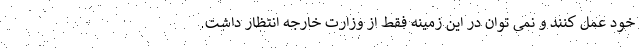
خود عمل کنند و نمی توان در این زمینه فقط از وزارت خارجه انتظار داشت.